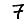
Digit: 7